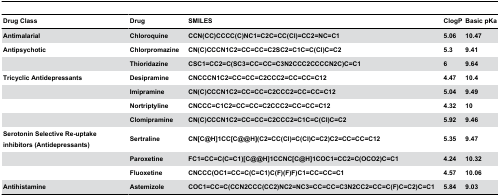
<table><thead><tr><td><b>Drug Class</b></td><td><b>Drug</b></td><td><b>SMILES</b></td><td><b>ClogP</b></td><td><b>Basic pKa</b></td></tr></thead><tbody><tr><td><b>Antimalarial</b></td><td><b>Chloroquine</b></td><td><b>CCN(CC)CCCC(C)NC1=C2C=CC(Cl)=CC2=NC=C1</b></td><td><b>5.06</b></td><td><b>10.47</b></td></tr><tr><td><b>Antipsychotic</b></td><td><b>Chlorpromazine</b></td><td><b>CN(C)CCCN1C2=CC=CC=C2SC2=C1C=C(Cl)C=C2</b></td><td><b>5.3</b></td><td><b>9.41</b></td></tr><tr><td></td><td><b>Thioridazine</b></td><td><b>CSC1=CC2=C(SC3=CC=CC=C3N2CCC2CCCCN2C)C=C1</b></td><td><b>6</b></td><td><b>9.64</b></td></tr><tr><td><b>Tricyclic Antidepressants</b></td><td><b>Desipramine</b></td><td><b>CNCCCN1C2=CC=CC=C2CCC2=CC=CC=C12</b></td><td><b>4.47</b></td><td><b>10.4</b></td></tr><tr><td></td><td><b>Imipramine</b></td><td><b>CN(C)CCCN1C2=CC=CC=C2CCC2=CC=CC=C12</b></td><td><b>5.04</b></td><td><b>9.49</b></td></tr><tr><td></td><td><b>Nortriptyline</b></td><td><b>CNCCC=C1C2=CC=CC=C2CCC2=CC=CC=C12</b></td><td><b>4.32</b></td><td><b>10</b></td></tr><tr><td></td><td><b>Clomipramine</b></td><td><b>CN(C)CCCN1C2=CC=CC=C2CCC2=C1C=C(Cl)C=C2</b></td><td><b>5.92</b></td><td><b>9.46</b></td></tr><tr><td><b>Serotonin Selective Re-uptake inhibitors (Antidepressants)</b></td><td><b>Sertraline</b></td><td><b>CN[C@H]1CC[C@@H](C2=CC(Cl)=C(Cl)C=C2)C2=CC=CC=C12</b></td><td><b>5.35</b></td><td><b>9.47</b></td></tr><tr><td></td><td><b>Paroxetine</b></td><td><b>FC1=CC=C(C=C1)[C@@H]1CCNC[C@H]1COC1=CC2=C(OCO2)C=C1</b></td><td><b>4.24</b></td><td><b>10.32</b></td></tr><tr><td></td><td><b>Fluoxetine</b></td><td><b>CNCCC(OC1=CC=C(C=C1)C(F)(F)F)C1=CC=CC=C1</b></td><td><b>4.57</b></td><td><b>10.06</b></td></tr><tr><td><b>Antihistamine</b></td><td><b>Astemizole</b></td><td><b>COC1=CC=C(CCN2CCC(CC2)NC2=NC3=CC=CC=C3N2CC2=CC=C(F)C=C2)C=C1</b></td><td><b>5.84</b></td><td><b>9.03</b></td></tr></tbody></table>